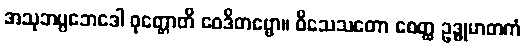
အသုဘပ္ပဘေဒေါ ဝုတ္တောတိ ဝေဒိတဗ္ဗော။ ဝိသေသတော စေတ္ထ ဥဒ္ဓုမာတကံ